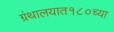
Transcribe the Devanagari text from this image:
ग्रंथालयात१८०च्या